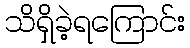
သိရှိခဲ့ရကြောင်း